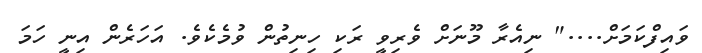
ވައިފްކަމަށް...." ނިއެރާ މޫނަށް ވެރިވީ ރަކި ހިނިތުން ވުމެކެވެ. އަހަރެން އިނީ ހަމަ